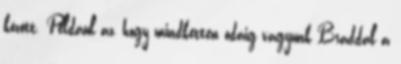
között. Például az, hogy mindketten odáig vagyunk Braddal a